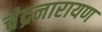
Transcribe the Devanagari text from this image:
चंद्रनारायण